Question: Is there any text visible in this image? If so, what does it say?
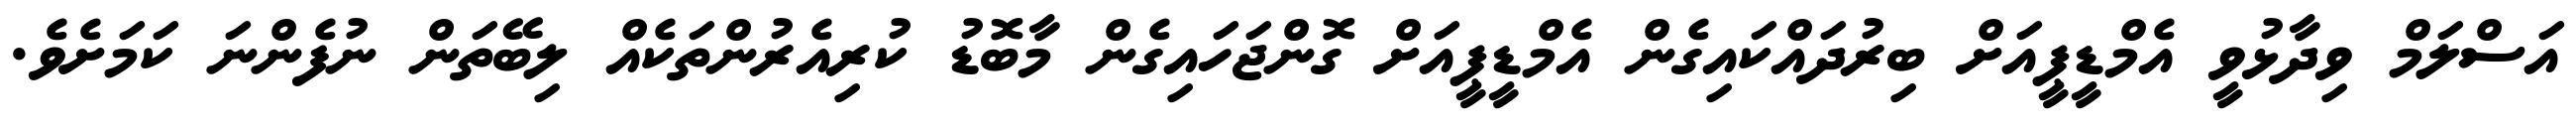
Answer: އަސްލަމް ވިދާޅުވީ އެމްޑީޕީއަށް ބިރުދައްކައިގެން އެމްޑީޕީއަށް ގޮންޖަހައިގެން މާބޮޑު ކުރިއެރުންތަކެއް ލިބޭތަން ނުފެންނަ ކަމަށެވެ.